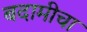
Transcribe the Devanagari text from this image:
बदामीचा